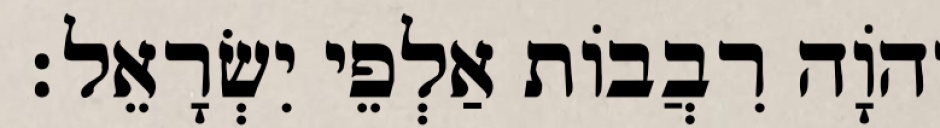
יְהֹוָה רִבֲבוֹת אַלְפֵי יִשְׂרָאֵל׃